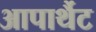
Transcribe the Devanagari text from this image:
आपार्थैट